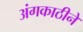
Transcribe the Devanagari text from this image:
अंगकाठीने